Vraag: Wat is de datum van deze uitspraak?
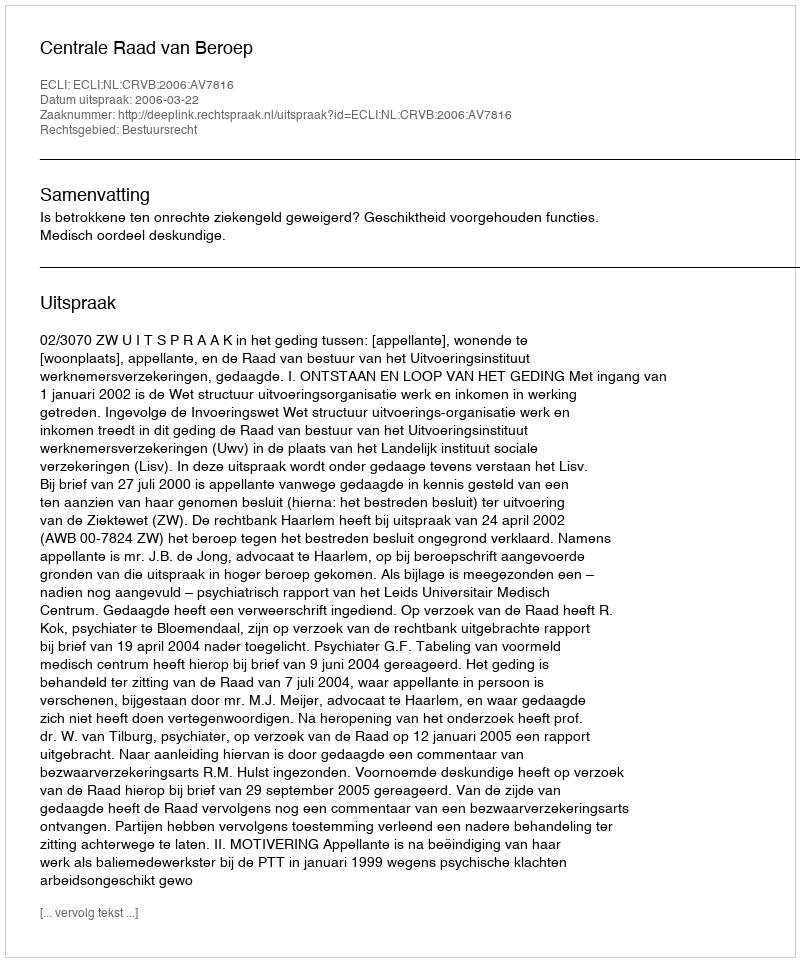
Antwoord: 2006-03-22